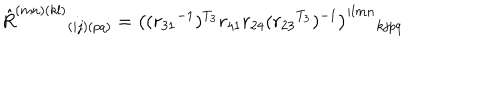
LaTeX: \hat { R } ^ { ( m n ) ( k l ) } { } _ { ( i j ) ( p q ) } = \left( ( { r _ { 3 1 } } ^ { - 1 } ) ^ { T _ { 3 } } r _ { 4 1 } r _ { 2 4 } ( { r _ { 2 3 } } ^ { T _ { 3 } } ) ^ { - 1 } \right) ^ { i l m n } { } _ { k j p q }